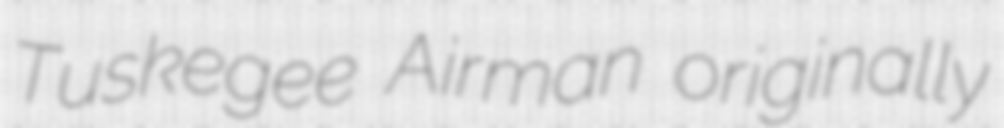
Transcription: Tuskegee Airman originally